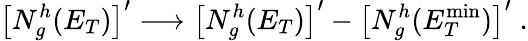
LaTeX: \left[N_{g}^{h}(E_{T})\right]^{\prime}\longrightarrow\left[N_{g}^{h}(E_{T})\right]^{\prime}-\left[N_{g}^{h}(E_{T}^{\mathrm{min}})\right]^{\prime}\; .